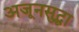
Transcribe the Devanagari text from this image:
अजूनसुद्धा